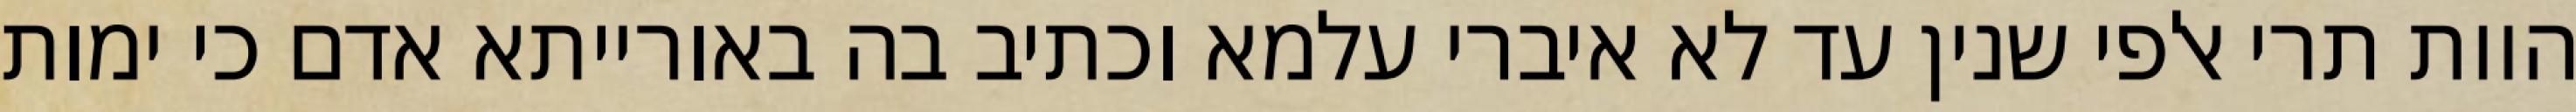
הוות תרי אלפי שנין עד לא איברי עלמא וכתיב בה באורייתא אדם כי ימות